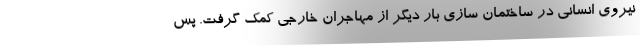
نیروی انسانی در ساختمان سازی بار دیگر از مهاجران خارجی کمک گرفت. پس